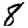
Digit: 8